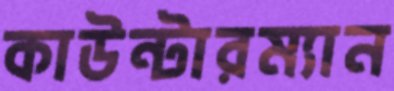
কাউন্টারম্যান